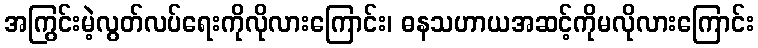
အကြွင်းမဲ့လွတ်လပ်ရေးကိုလိုလားကြောင်း၊ ဓနသဟာယအဆင့်ကိုမလိုလားကြောင်း